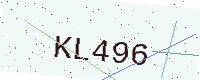
Text: KL496